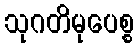
သုဂတိမုပေစ္စ